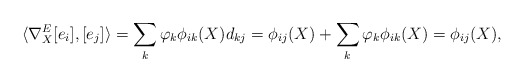
\begin{align*} \langle\nabla^E_X[e_i],[e_j]\rangle=\sum_k \varphi_k\phi_{ik}(X)d_{kj}=\phi_{ij}(X)+\sum_k \varphi_k\phi_{ik}(X)=\phi_{ij}(X), \end{align*}